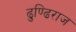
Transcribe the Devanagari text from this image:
ढुण्ढि़राज